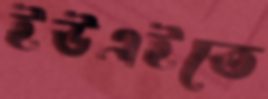
ইউএইতে